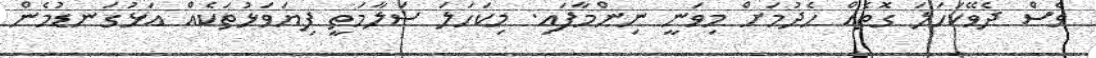
ވެސް ދެވޭކަހަލަ ގޮތެއް ހެދުމަށް މިވަނީ ނިންމާފައި. މިކަހަލަ ސަލާމަތީ ފިޔަވަޅުތަކެއް އަޅުގަނޑުމެން